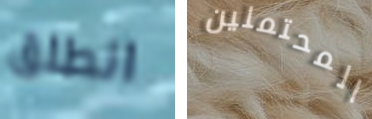
انطلق المحتملين